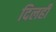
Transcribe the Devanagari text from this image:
दिलही